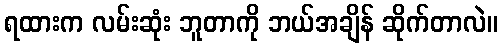
ရထားက လမ်းဆုံး ဘူတာကို ဘယ်အချိန် ဆိုက်တာလဲ။